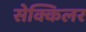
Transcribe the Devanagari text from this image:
सेक्किलर